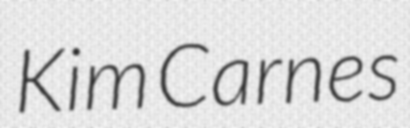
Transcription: Kim Carnes